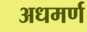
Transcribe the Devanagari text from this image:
अधमर्ण